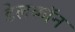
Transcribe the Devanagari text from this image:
डेलकॉन